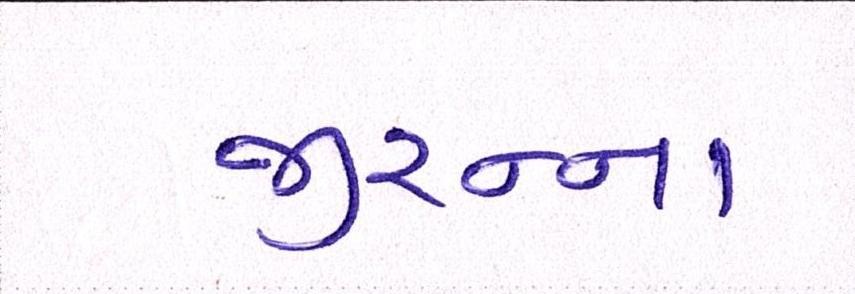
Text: જીરુના